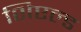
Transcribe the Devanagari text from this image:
शिएल्ड